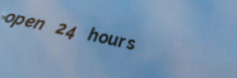
open 24 hours